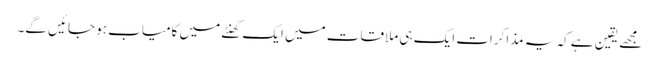
مجھے یقین ہے کہ یہ مذاکرات ایک ہی ملاقات میں ایک گھنٹے میں کامیاب ہو جائیں گے۔